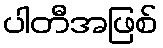
ပါတီအဖြစ်